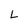
Character: L